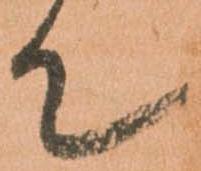
て